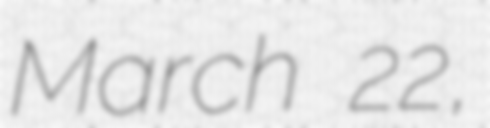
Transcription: March 22,